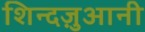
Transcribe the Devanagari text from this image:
शिन्दज़ुआनी